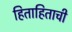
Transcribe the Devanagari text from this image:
हिताहिताची